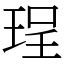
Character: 珵